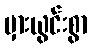
မှားယွင်းစွာ